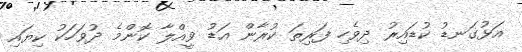
އަޅުގަނޑު ކުޑައިރު ދިވެހި ފަރިތަ ކުރާން އަޑު ވީއްލާ ކޮންމެ ދުވަހަކު ކިޔައި